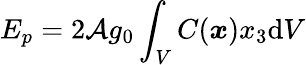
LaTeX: E_{p}=2\mathcal{A}g_{0}\int_{V}C(\boldsymbol{x})x_{3}\mathrm{d}V